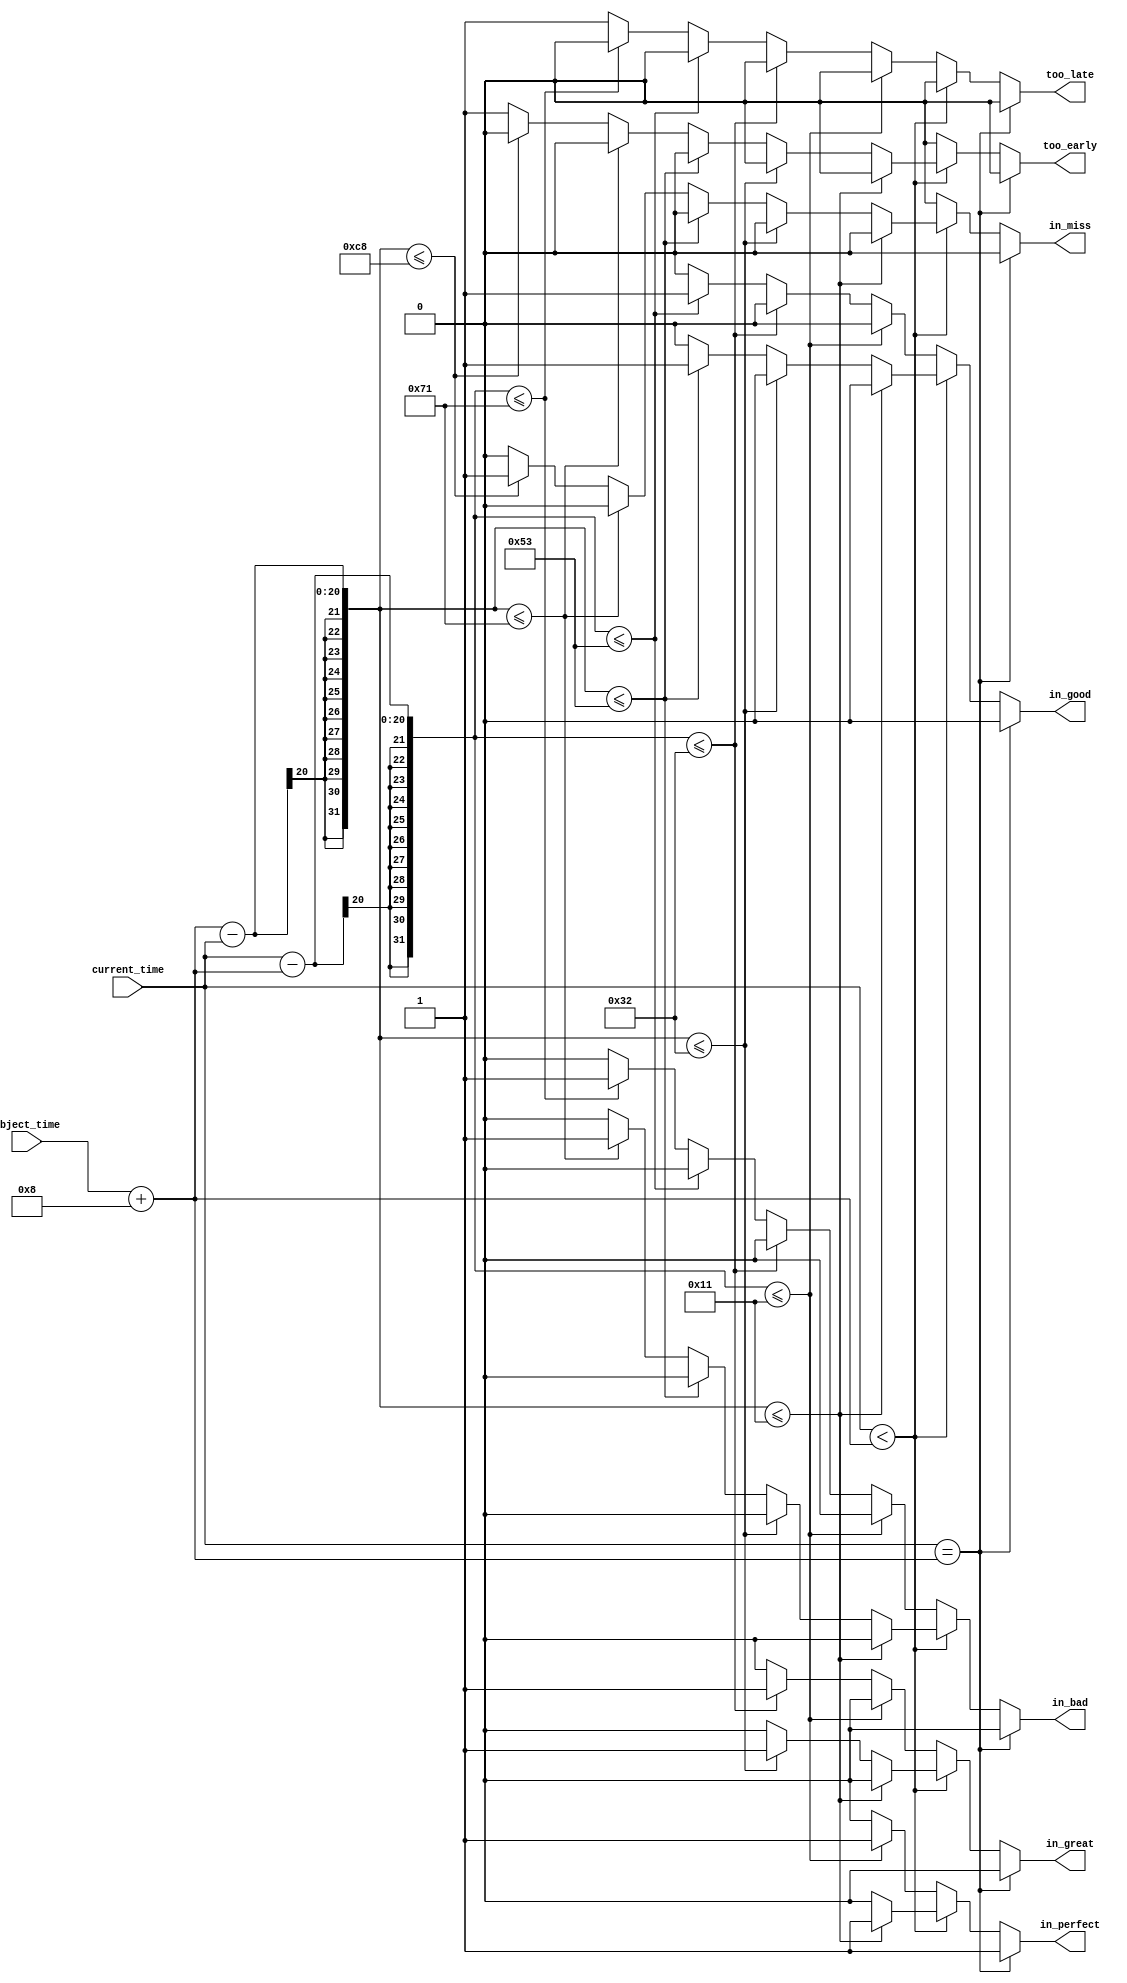
// Copyright (c) UnnamedOrange and Jack-Lyu. Licensed under the MIT License.
// See the LICENSE file in the repository root for full license text.

/// <projectname>mania-to-go</projectname>
/// <modulename>time_judge_t</modulename>
/// <filedescription></filedescription>
/// <version>
/// 0.0.1 (UnnamedOrange) : First commit.
/// </version>

`timescale 1ns / 1ps

module time_judge_t #
(
	parameter t_perfect = 17,
	parameter t_great = 50,
	parameter t_good = 83,
	parameter t_bad = 113,
	parameter t_miss = 200,
	parameter t_offset = 8 // 
)
(
	input [19:0] current_time,
	input [19:0] object_time,

	output reg too_early,
	output reg too_late,
	output reg in_perfect,
	output reg in_great,
	output reg in_good,
	output reg in_bad,
	output reg in_miss //  miss miss
);

	wire [19:0] true_time, true_object_time;
	assign true_time = current_time;
	assign true_object_time = object_time + t_offset;

	always @(*) begin
		too_early = 0;
		too_late = 0;
		in_perfect = 0;
		in_great = 0;
		in_good = 0;
		in_bad = 0;
		in_miss = 0;

		if (true_time == true_object_time)
			in_perfect = 1;
		else if (true_time < true_object_time) begin // 
			if (true_object_time - true_time <= t_perfect)
				in_perfect = 1;
			else if (true_object_time - true_time <= t_great)
				in_great = 1;
			else if (true_object_time - true_time <= t_good)
				in_good = 1;
			else if (true_object_time - true_time <= t_bad)
				in_bad = 1;
			else if (true_object_time - true_time <= t_miss)
				in_miss = 1;
			else
				too_early = 1;
		end
		else begin // 
			if (true_time - true_object_time <= t_perfect)
				in_perfect = 1;
			else if (true_time - true_object_time <= t_great)
				in_great = 1;
			else if (true_time - true_object_time <= t_good)
				in_good = 1;
			else if (true_time - true_object_time <= t_bad)
				in_bad = 1;
			// else if (true_time - true_object_time <= t_miss)
			// 	in_miss = 1;
			else
				too_late = 1;
		end
	end

endmodule